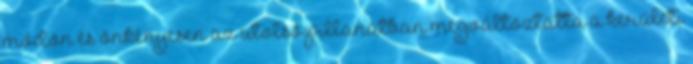
módon és önkényesen az utolsó pillanatban megváltoztatta a kerületi